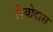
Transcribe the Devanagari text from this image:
दिबोदास